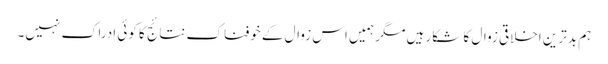
ہم بدترین اخلاقی زوال کا شکار ہیں مگر ہمیں اس زوال کے خوفناک نتائج کا کوئی ادراک نہیں۔